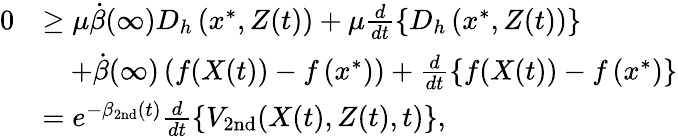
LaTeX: \begin{array}{rl}{0}&{\geq\mu\dot{\beta}(\infty)D_{h}\left(x^{*},Z(t)\right)+\mu\frac{d}{dt}\left\{ D_{h}\left(x^{*},Z(t)\right)\right\} }\\ &{\quad+\dot{\beta}(\infty)\left(f(X(t))-f\left(x^{*}\right)\right)+\frac{d}{dt}\left\{ f(X(t))-f\left(x^{*}\right)\right\} }\\ &{=e^{-{\beta}_{\mathrm{2nd}}(t)}\frac{d}{dt}\left\{ {V}_{\mathrm{2nd}}(X(t),Z(t),t)\right\} ,}\end{array}